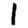
Digit: 1